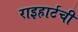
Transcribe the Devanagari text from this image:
राइहार्टची